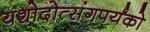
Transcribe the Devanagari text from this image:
यशोदोत्संगपर्यंको